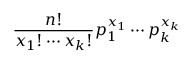
{ \frac { n ! } { x _ { 1 } ! \cdots x _ { k } ! } } p _ { 1 } ^ { x _ { 1 } } \cdots p _ { k } ^ { x _ { k } }